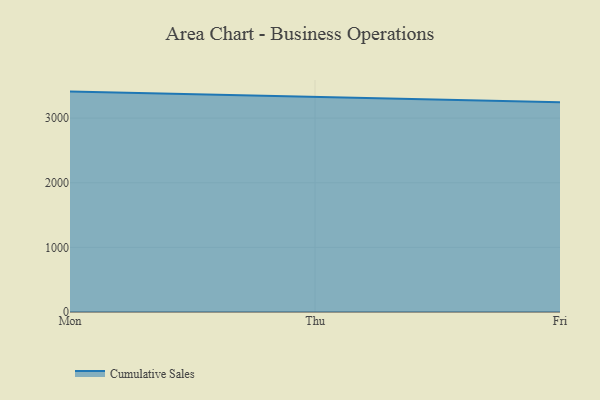
{"axis": {"x": "Day", "y": "Shipments"}, "legend": ["Cumulative Sales"], "data": [{"x": "Mon", "y": 3410.4, "type": "Cumulative Sales"}, {"x": "Thu", "y": 3321.6, "type": "Cumulative Sales"}, {"x": "Fri", "y": 3244.1, "type": "Cumulative Sales"}]}